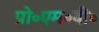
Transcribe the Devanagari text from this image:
प्रो॰एम॰वी॰